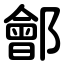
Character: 鄶